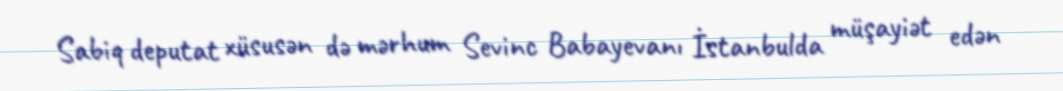
Sabiq deputat xüsusən də mərhum Sevinc Babayevanı İstanbulda müşayiət edən